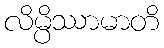
လိမ္ပိဿာမာတိ